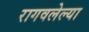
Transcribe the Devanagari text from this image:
रागवलेल्या